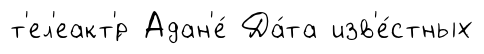
т'ел'еакт'́р Адан'е́ Да́та изв'е́стных